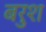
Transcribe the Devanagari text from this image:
बरुश